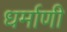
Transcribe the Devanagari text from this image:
धर्माणी